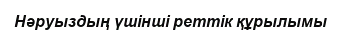
Нәруыздың үшінші реттік құрылымы